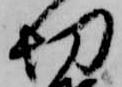
切